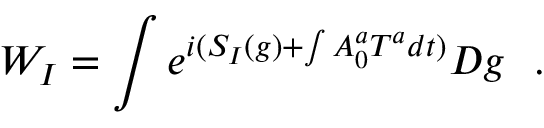
W _ { I } = \int e ^ { i ( S _ { I } ( g ) + \int A _ { 0 } ^ { a } T ^ { a } d t ) } D g \ \ .